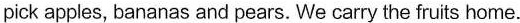
pick apples, bananas and pears. We carry the fruits home.